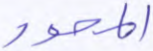
المحور